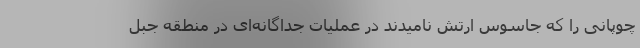
چوپانی را که جاسوس ارتش نامیدند در عملیات جداگانه‌ای در منطقه جبل